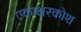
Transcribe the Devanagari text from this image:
एकाक्षरकोश